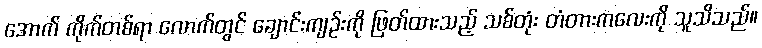
အောက် ကိုက်တစ်ရာ လောက်တွင် ချောင်းကျဉ်းကို ဖြတ်ထားသည့် သစ်တုံး တံတားကလေးကို သူသိသည်။